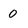
Character: 0